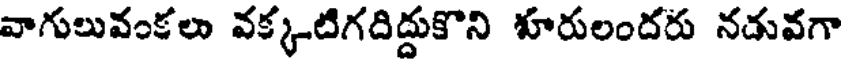
వాగులువంకలు వక్కటిగదిద్దుకొని శూరులందరు నడువగా